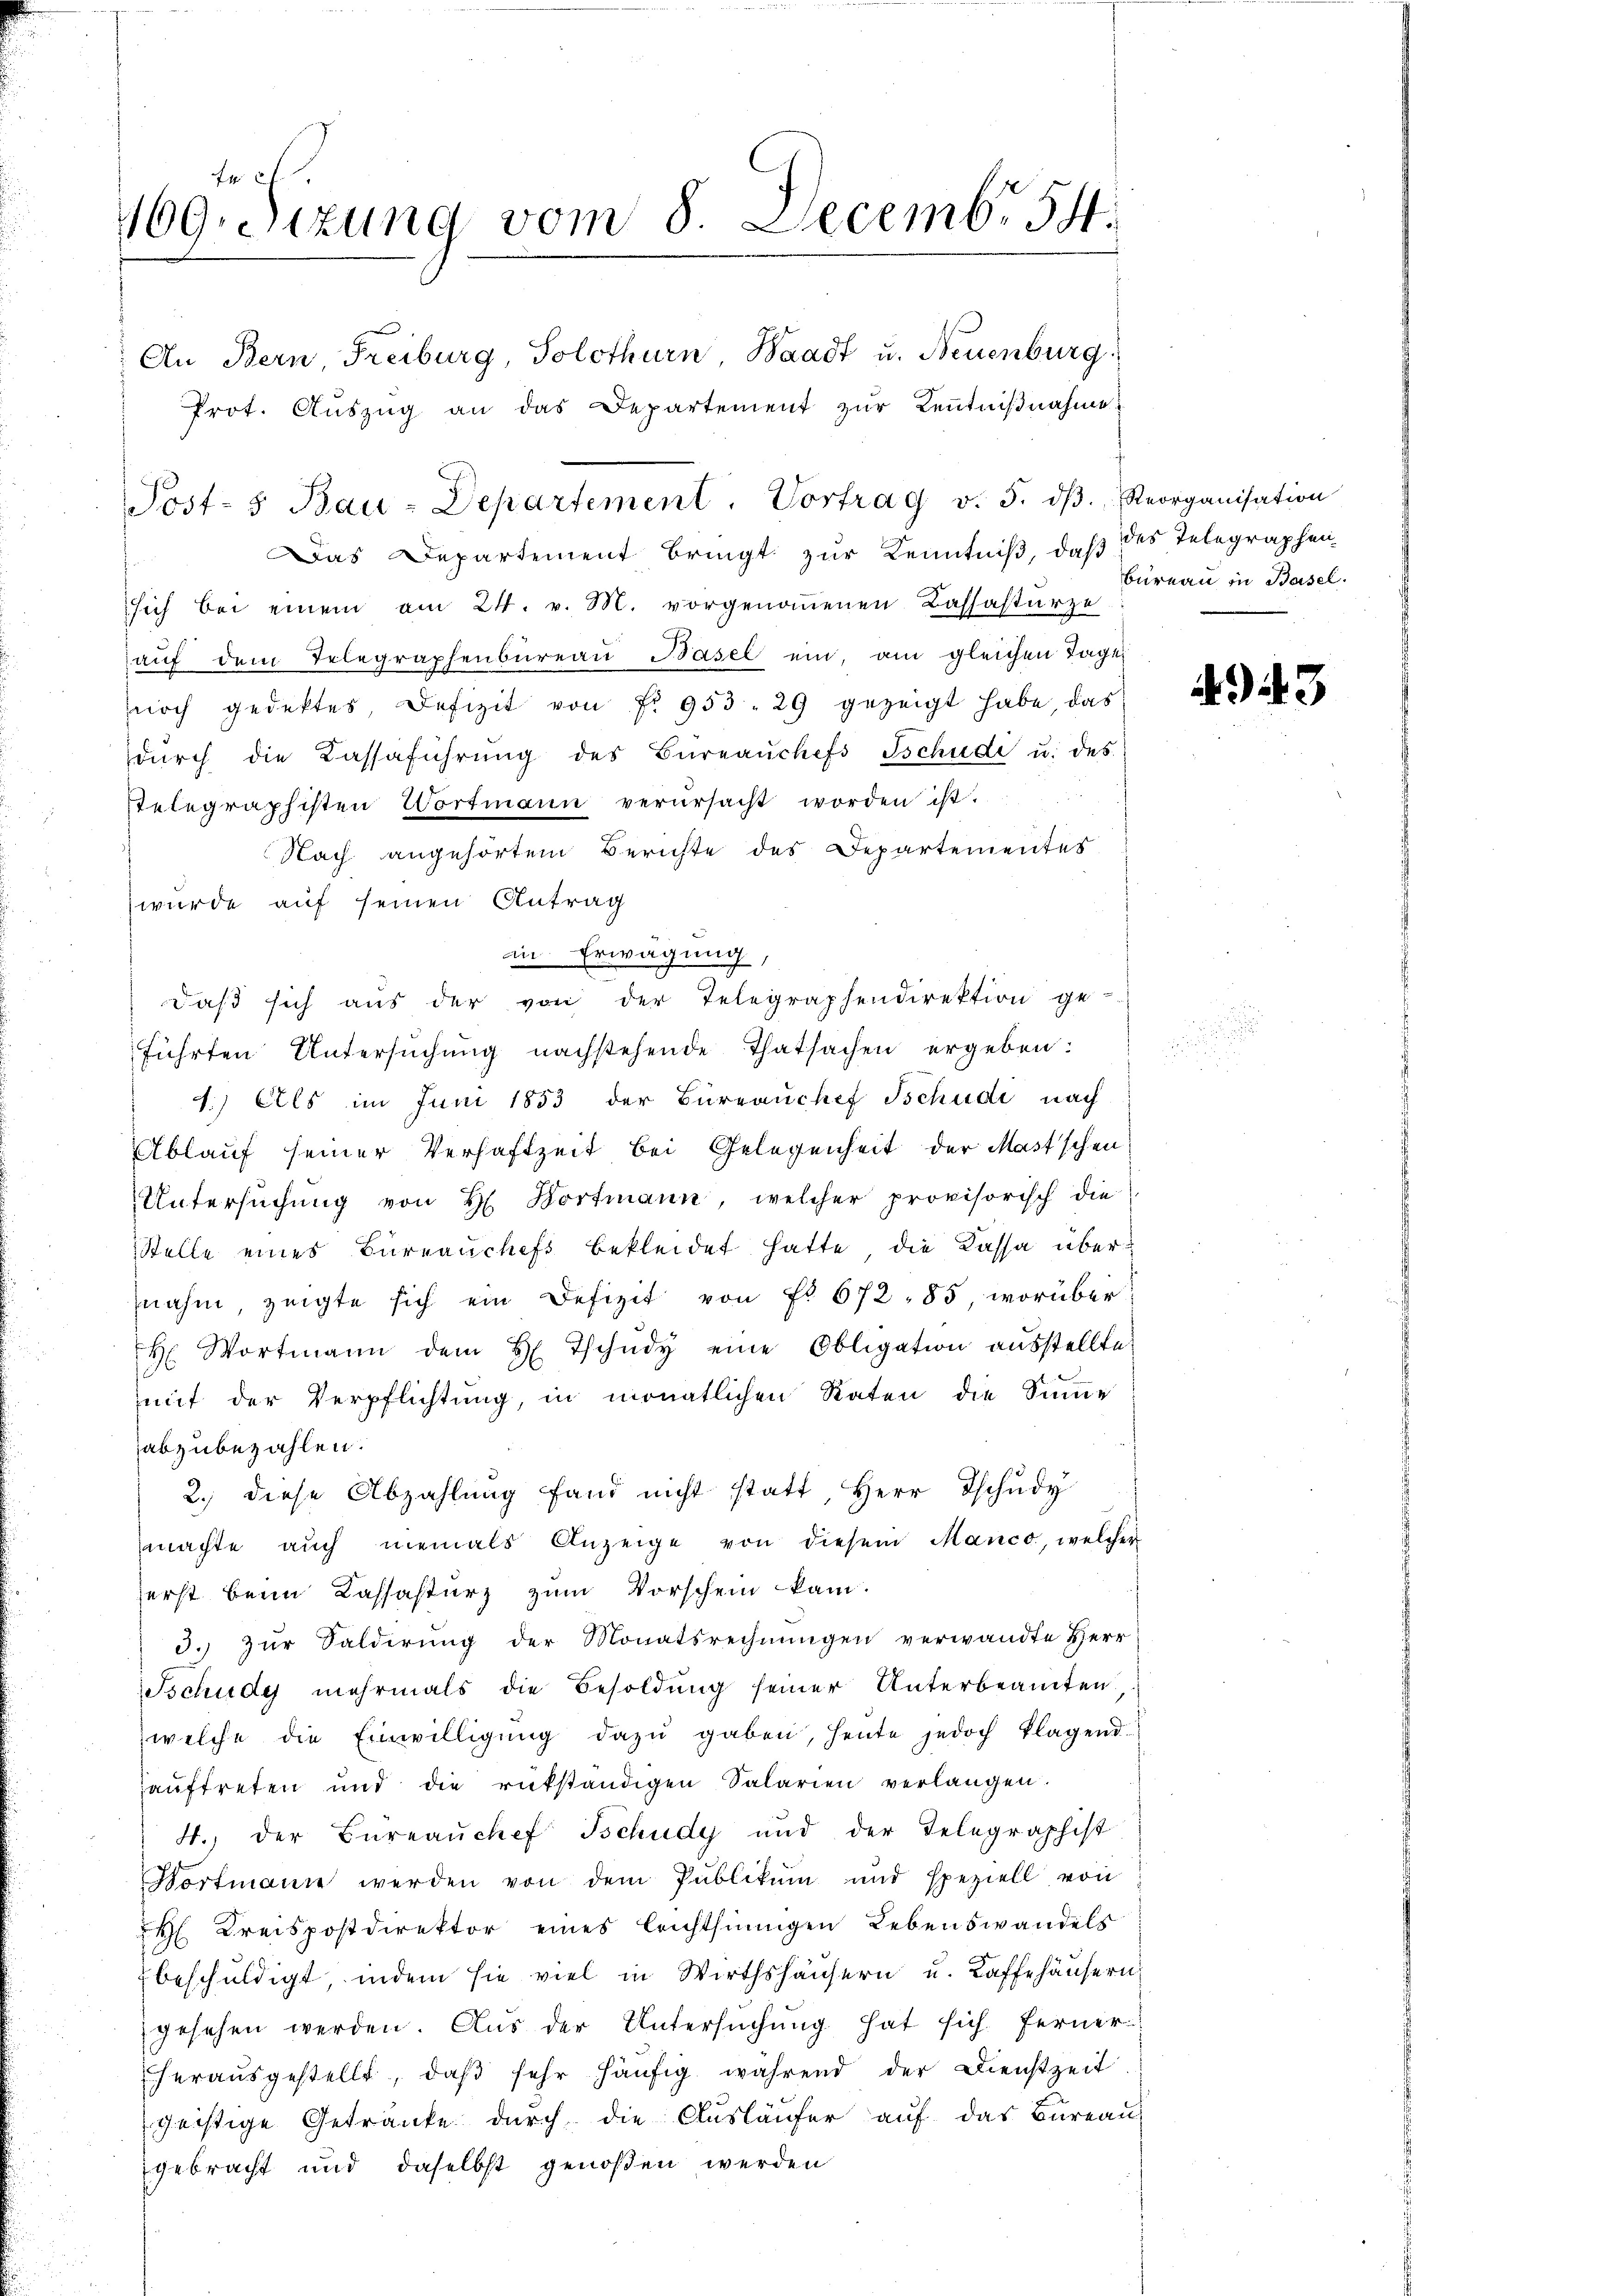
fr c.
169. Sitzung vom 8. Decemb. 54.

An Bern Freiburg, Solothurn Waadt u. Neuenburg,
Prot. Aŭszŭg an das Departement zŭr Kenntnißnahme
Das Departement bringt zur Kenntniß, daß des Telegraphen
sich bei einem am 24. v. M. vorgenommenen Kassastürze
aŭf dem Telegraphenbüreau Basel ein, am gleichen Tage
noch gedektes, Defizit von fr. 953. 29 gezeigt habe, das
dŭrch die Cassaführŭng des Büreaŭchefs Tschudi u. des
stelegraphisten Wortmann verursacht worden ist.
Nach angehörtem Berichte des Departementes
wurde auf seinen Antrag
in Erwägung,
daβ sich aŭs der von der Telegraphendirektion ge-
führten Untersuchung nachstehende Thatsachen ergeben:
4.) Als im Juni 1853 der Burrauchef Schudi nach
Ablauf seiner Verhaftzeit bei Gelegenheit der Mast’schen
Untersŭchŭng von H. Bortmann, welcher provisorisch die
Stelle eines Büreaŭchefs bekleidet hatte, die Kassa übernahm, zeigte sich ein Defizit von Fr. 672 - 85, worüber
H. Wortmann dem H. Tschŭdy eine Obligation aŭsstellte
mit der Verpflichtung, in monatlichen Raten die Summe
abzubezahlen.
2.) diese Abzahlung fand nicht statt, Herr Tschudy
machte aŭch niemals Anzeige von diesem Manco, welcher
serst beim Cassasturz zum Vorschein kam.
3. zŭr Salderung der Monatsrechnŭngen verwandte Herr
Tschudy mehrmals die Besoldung seiner Unterbeamten
welche die Einwilligŭng dazŭ gaben, heute jedoch klagend
auftreten und die rükständigen Salarien verlangen.
4., der Bureauchef Schudy und der Telegraphist
Dortmann werden von dem Publikum und speziell von
H Kreispostdirektor eines leichthingen Lebenswandels
beschuldigt, indem sie viel in Wirthshäusern u. Kaffehäusern,
gesehen werden. Aus der Untersuchung hat sich ferner
herausgestellt, daβ sehr häufig während der Dienstzeit
geistige Getränke durch die Ausläufer auf das Bureau
gebracht und daselbst genoßen werden

Post-5 Bau-Departement. Vortrag v. 5. dβ. Reorganisation

Bureau in Basel.

3